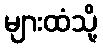
များထံသို့